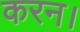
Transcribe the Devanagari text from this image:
करन।